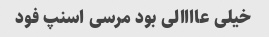
خیلی عاااالی بود مرسی اسنپ فود